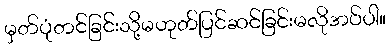
မှတ်ပုံတင်ခြင်းသို့မဟုတ်ပြင်ဆင်ခြင်းမလိုအပ်ပါ။